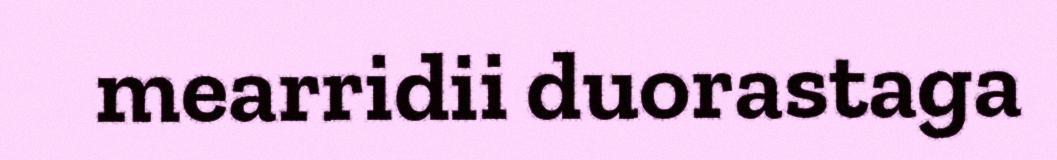
mearridii duorastaga